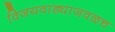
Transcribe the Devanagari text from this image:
विजयवाड्याजवळच